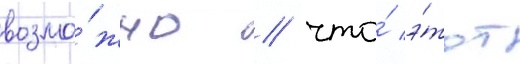
возмо́жно / что́ э́тот